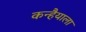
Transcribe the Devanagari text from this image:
कन्हैयाला